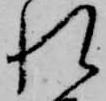
れ